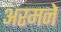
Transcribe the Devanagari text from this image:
अरमने